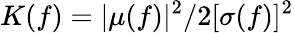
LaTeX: K(f)=|\mu(f)|^{2}/2[\sigma(f)]^{2}